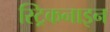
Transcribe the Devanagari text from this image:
स्ट्रिकनाइन